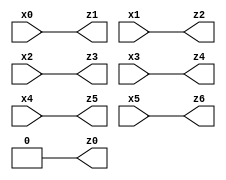
// Benchmark "X_15" written by ABC on Wed Jun 07 16:49:06 2023

module X_29 ( 
    x0, x1, x2, x3, x4, x5,
    z0, z1, z2, z3, z4, z5, z6  );
  input  x0, x1, x2, x3, x4, x5;
  output z0, z1, z2, z3, z4, z5, z6;
  assign z0 = 1'b0;
  assign z1 = x0;
  assign z2 = x1;
  assign z3 = x2;
  assign z4 = x3;
  assign z5 = x4;
  assign z6 = x5;
endmodule